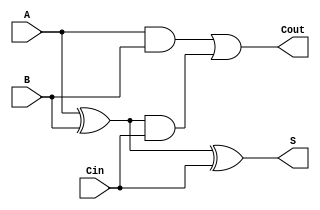
module full_adder(Cout, S, A, B, Cin);
    input A, B, Cin;
    output Cout, S;
    wire S1, C1, C2;
    
    xor(S1, A, B);
    and(C1, A, B);
    xor(S, S1, Cin);
    and(C2, S1, Cin);
    or(Cout, C1, C2);
endmodule